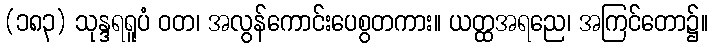
(၁၈၃) သုန္ဒရရူပံ ဝတ၊ အလွန်ကောင်းပေစွတကား။ ယတ္ထအရညေ၊ အကြင်တော၌။